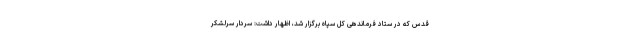
قدس که در ستاد فرماندهی کل سپاه برگزار شد، اظهار داشت: سردار سرلشکر